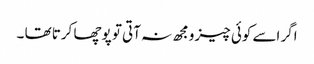
اگر اسے کوئی چیز ومجھ نہ آتی تو پوچھا کرتا تھا ۔